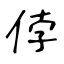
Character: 侼